Source: Computer-generated
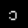
Digit: ၁ (1)